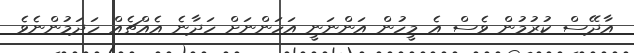
އާދޭސް ކުރުމުން ވެސް އެ މީހުން އަންނަނީ އަހަންނަށް ހަދާނެ އެއްޗެއް ހަދަމުންނެވެ